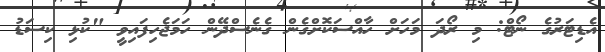
އެޑިޓަރުގެ ނޯޓް: މި ރޯދަ މަހަށް ހާއްސަކޮށްގެން ގެނެސްދޭން ހަމަޖެހިފައިވީ "ކުޅި ކިސަޑު